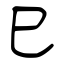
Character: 巳